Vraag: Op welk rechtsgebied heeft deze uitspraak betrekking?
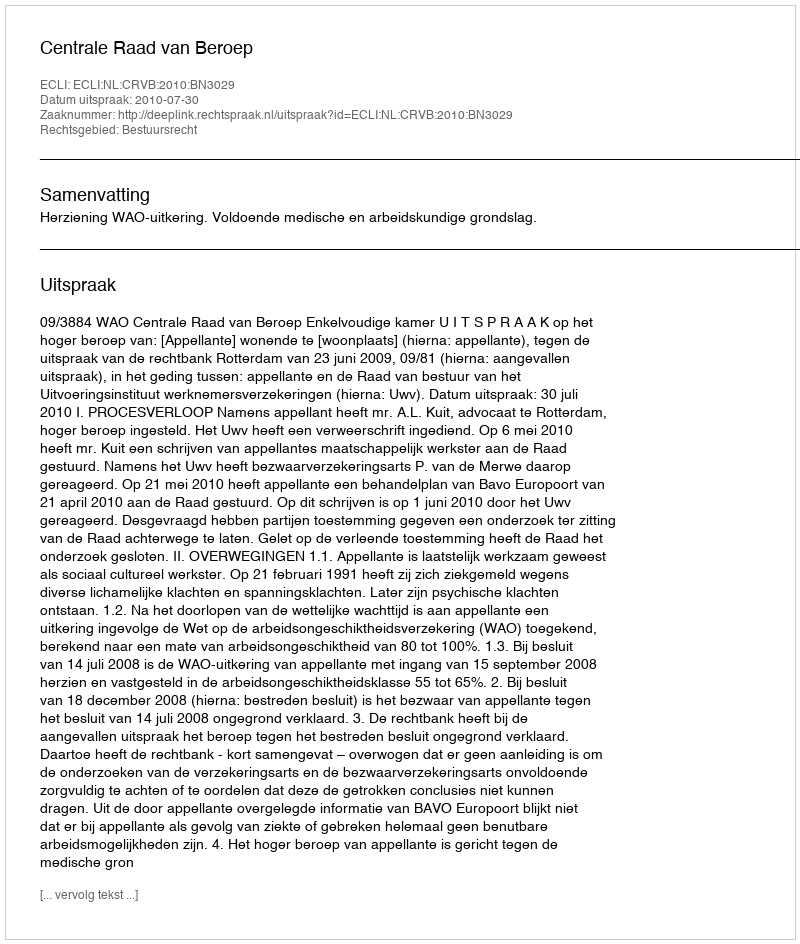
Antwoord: Bestuursrecht